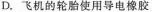
D.飞机的轮胎使用导电橡胶